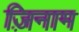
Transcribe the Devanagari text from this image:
ज़िनाम